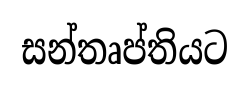
සන්තෘප්තියට